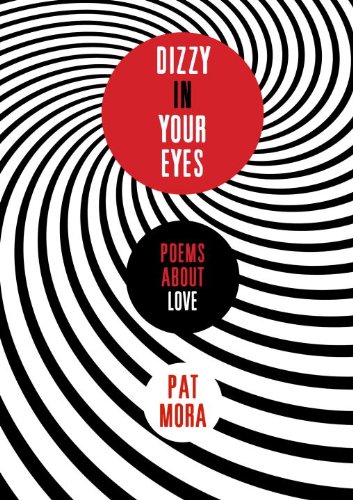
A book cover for Dizzy in Your Eyes: Poems about Love; Pat Mora; Teen & Young Adult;